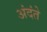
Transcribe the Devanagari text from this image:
अंदंते